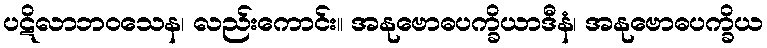
ပဋိလာဘဝသေန၊ လည်းကောင်း။ အနုဗောဓပက္ခိယာဒီနံ၊ အနုဗောဓပက္ခိယ